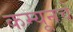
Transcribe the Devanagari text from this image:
कम्यूनचे